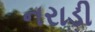
નરાડી